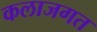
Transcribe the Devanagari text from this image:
कलाजगत